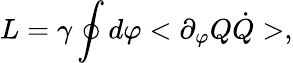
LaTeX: L=\gamma\oint d\varphi<\partial_{\varphi}Q\dot{Q}>,